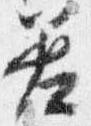
差